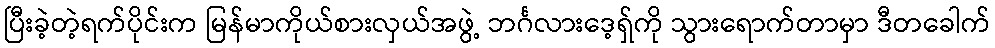
ပြီးခဲ့တဲ့ရက်ပိုင်းက မြန်မာကိုယ်စားလှယ်အဖွဲ့ ဘင်္ဂလားဒေ့ရှ်ကို သွားရောက်တာမှာ ဒီတခေါက်